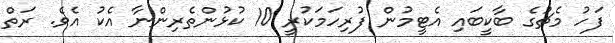
ފަހު މެޗުގެ ބާކީބައި އެޓީމުން ފުރިހަމަކުރީ 10 ކުޅުންތެރިންނާ އެކު އެވެ. ރަތް